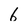
Character: 6